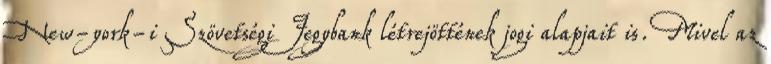
New-york-i Szövetségi Jegybank létrejöttének jogi alapjait is. Mivel az